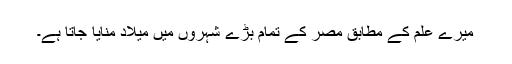
میرے علم کے مطابق مصر کے تمام بڑے شہروں میں میلاد منایا جاتا ہے۔